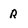
Character: R